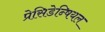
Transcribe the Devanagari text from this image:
प्रेसिडेन्षियल